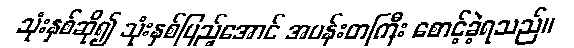
သုံးနှစ်ဆို၍ သုံးနှစ်ပြည့်အောင် အပန်းတကြီး စောင့်ခဲ့ရသည်။